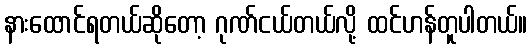
နားထောင်ရတယ်ဆိုတော့ ဂုဏ်ငယ်တယ်လို့ ထင်ဟန်တူပါတယ်။